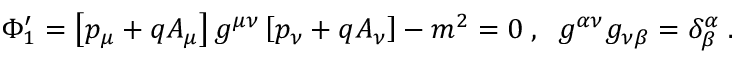
\Phi _ { 1 } ^ { \prime } = \left[ p _ { \mu } + q A _ { \mu } \right] g ^ { \mu \nu } \left[ p _ { \nu } + q A _ { \nu } \right] - m ^ { 2 } = 0 \; , \; \; g ^ { \alpha \nu } g _ { \nu \beta } = \delta _ { \beta } ^ { \alpha } \; .